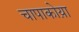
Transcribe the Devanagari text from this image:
चापाकोय़ा